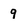
Character: 9